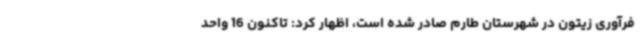
فرآوری زیتون در شهرستان طارم صادر شده است، اظهار کرد: تاکنون 16 واحد